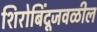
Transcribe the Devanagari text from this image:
शिरोबिंदूजवळील